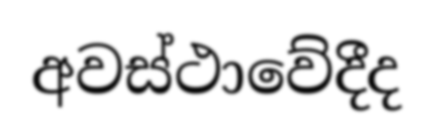
අවස්ථාවේදීද